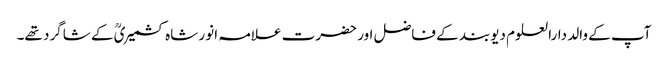
آپ کے والد دارالعلوم دیوبند کے فاضل اور حضرت علامہ انور شاہ کشمیریؒ کے شاگرد تھے۔